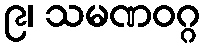
၉၊ သမဏဝဂ္ဂ